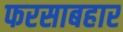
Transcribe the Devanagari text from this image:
फरसाबहार